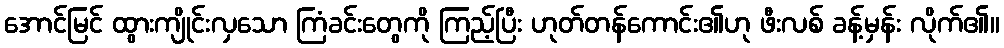
အောင်မြင် ထွားကျိုင်းလှသော ကြံခင်းတွေကို ကြည့်ပြီး ဟုတ်တန်ကောင်း၏ဟု ဖီးလစ် ခန့်မှန်း လိုက်၏။